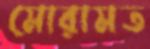
মোরামত